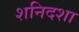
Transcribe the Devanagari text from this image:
शनिदशा